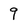
Character: 9